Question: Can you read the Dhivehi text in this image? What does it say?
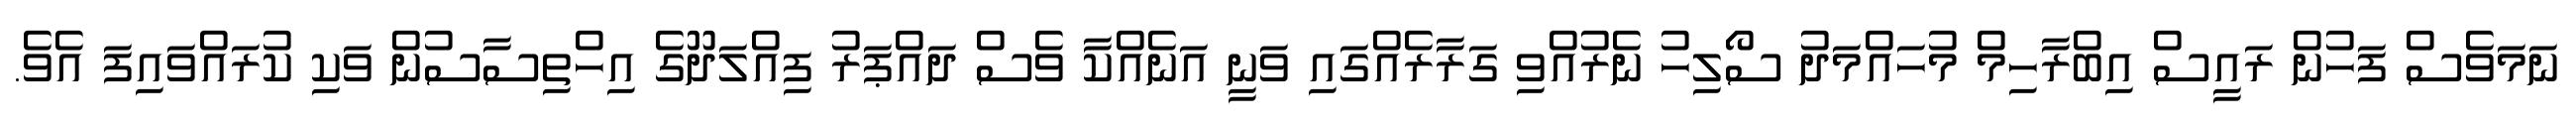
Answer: ނަމަވެސް ފަހުން ރައީސް އިބްރާހިމް މުހައްމަދު ސޯލިހު ނެރުއްވި ގަރާރެއްގައި ވަނީ އަނެއްކާ ވެސް ދައްޕަރު ފިއްލަދޫގެ އިހްތިސާސުން ވަކި ކުރައްވައިފަ އެވެ.